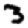
Digit: 3